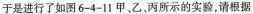
于是进行了如图6-4-11甲、乙、丙所示的实验，请根据